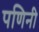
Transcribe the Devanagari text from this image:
पणिनी